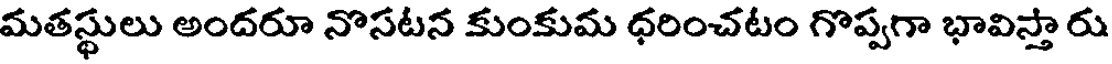
మతస్థులు అందరూ నొసటన కుంకుమ ధరించటం గొప్పగా భావిస్తా రు